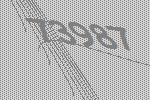
73987